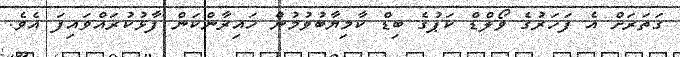
ގަތަރަށް އެ ފަހަރުގެ ވޯލްޑް ކަޕުގެ ބިޑް ކާމިޔާބުވުމުން ހައިރާންކަން ފާޅުކުރައްވައިފަ އެވެ.